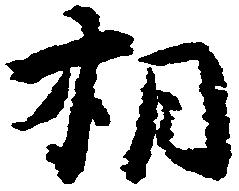
相